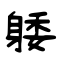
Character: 躷